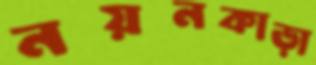
নয়নকাড়া